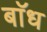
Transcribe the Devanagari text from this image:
बाॅध